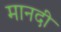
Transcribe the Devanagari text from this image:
मानदी